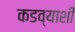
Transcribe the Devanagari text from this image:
कडव्याशी